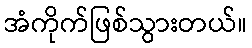
အံကိုက်ဖြစ်သွားတယ်။